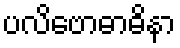
ပလိဗောဓာဓိနာ